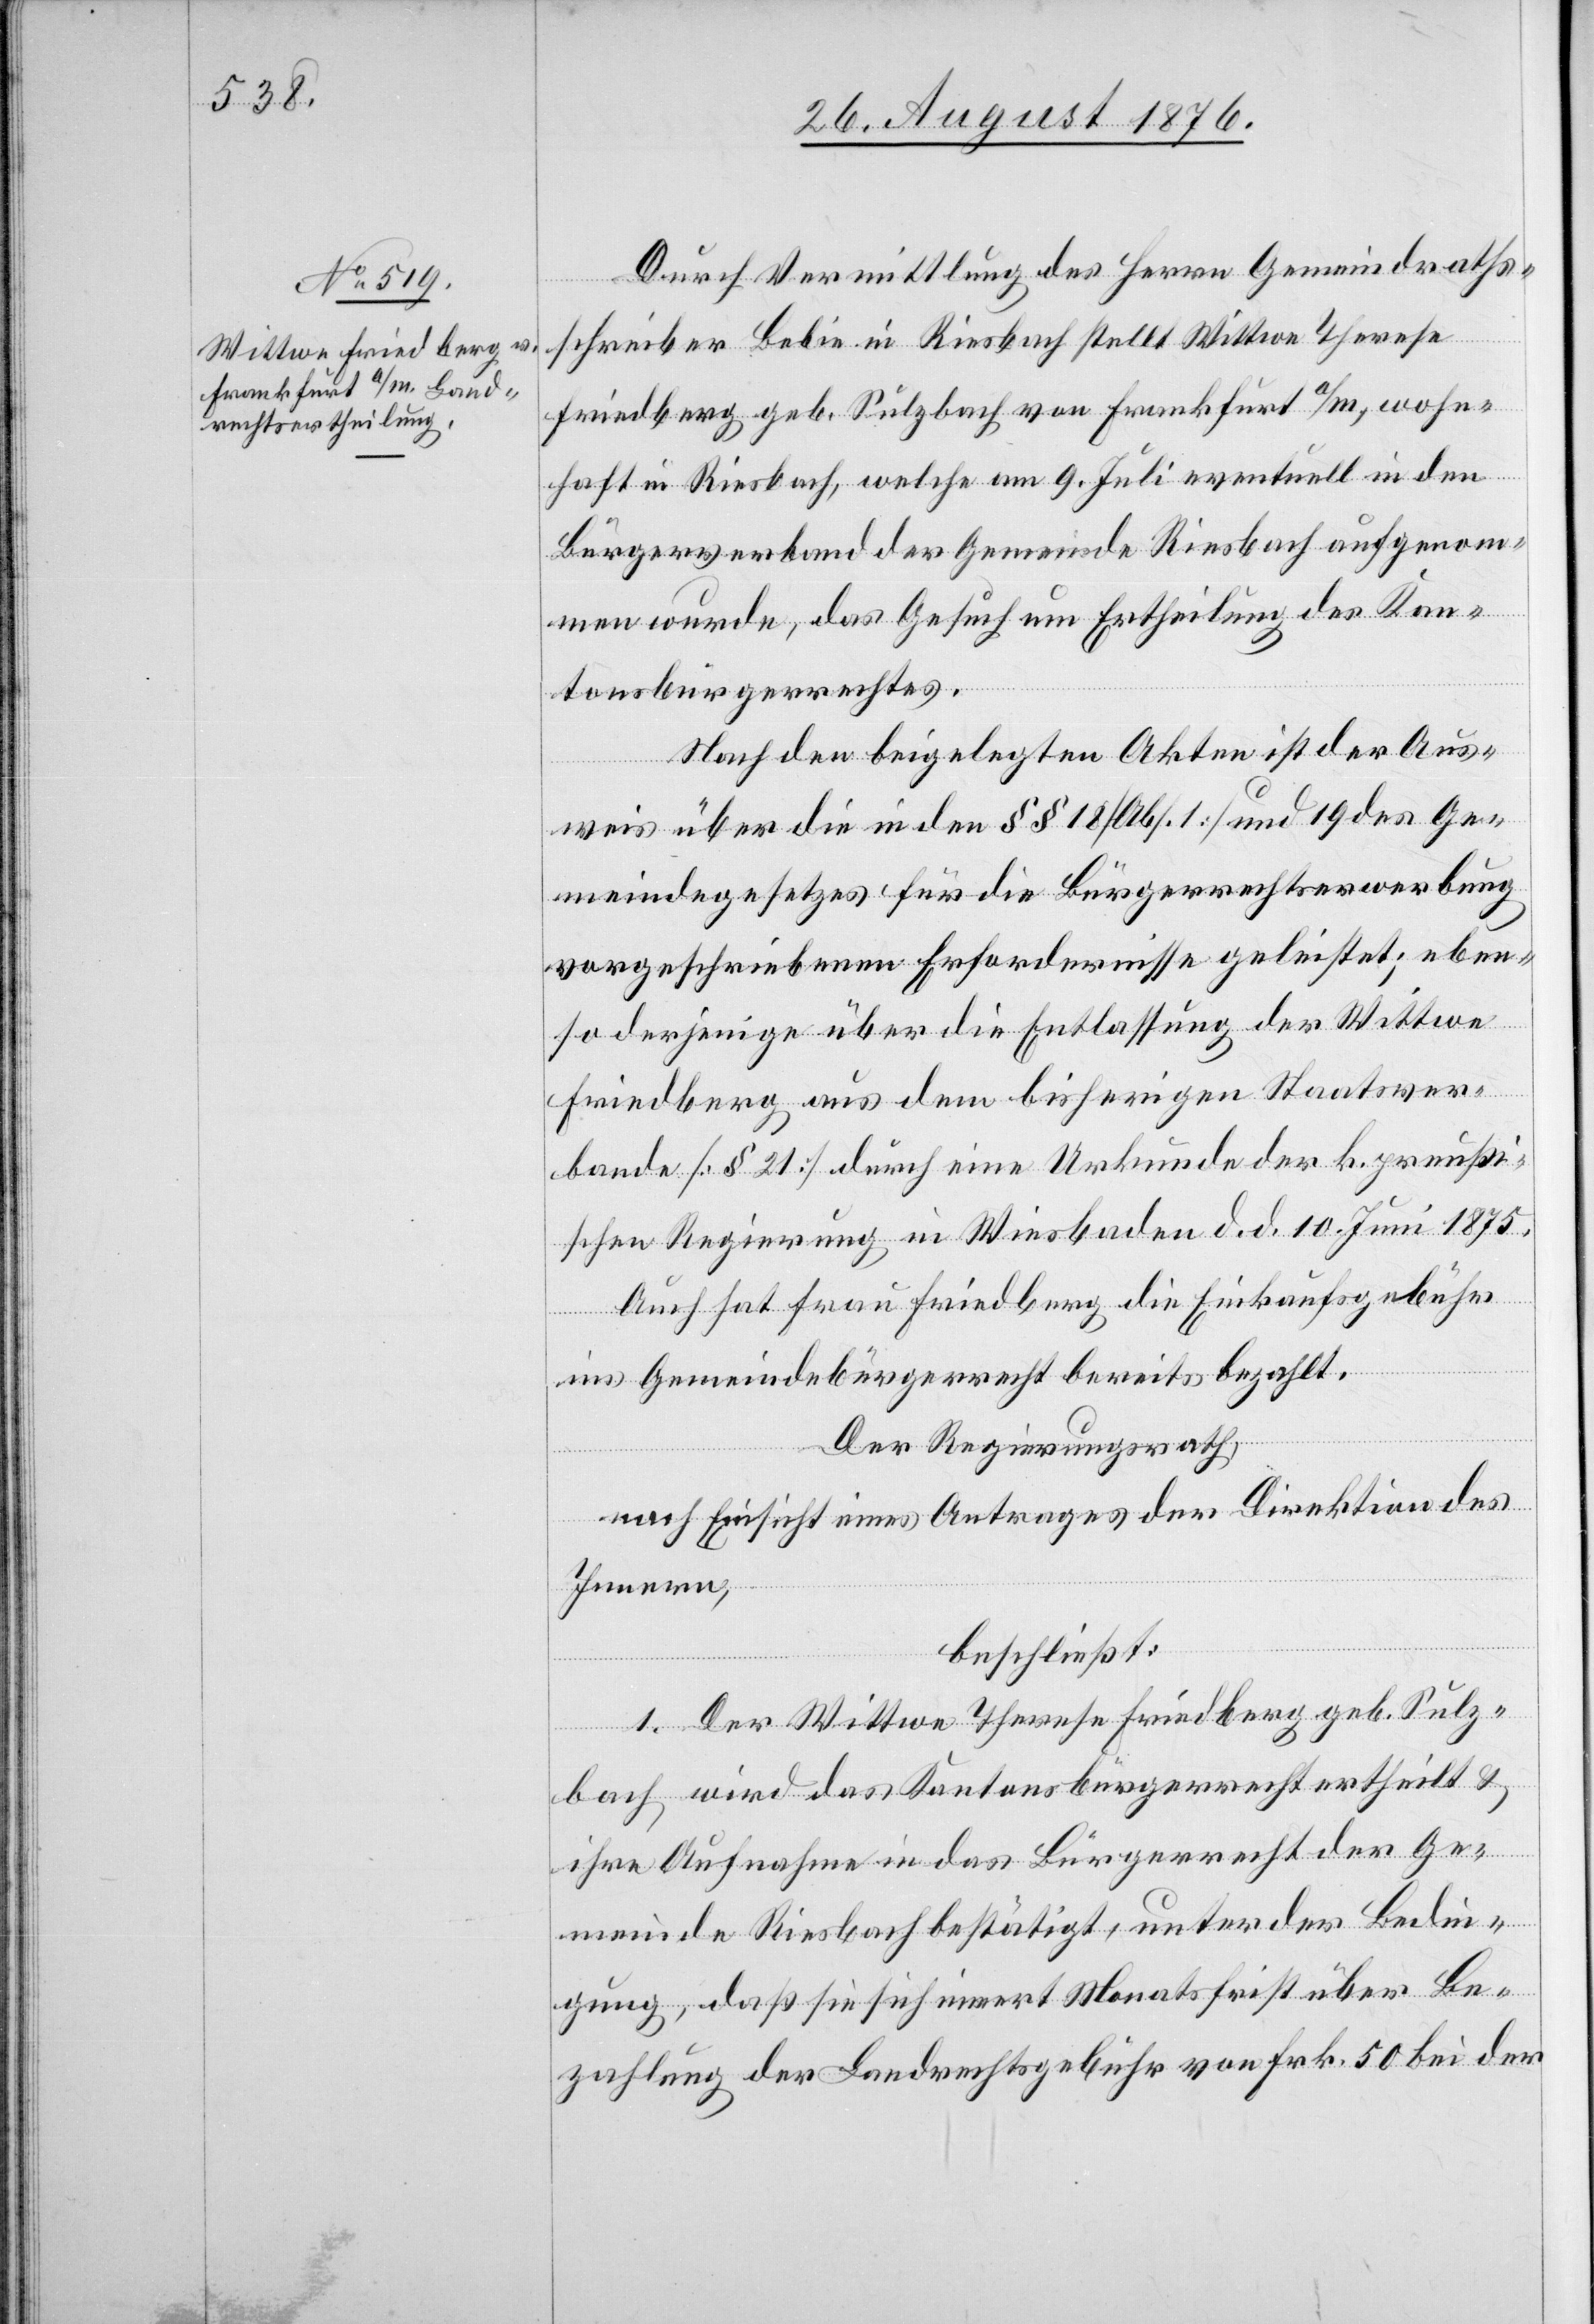
Durch Vermittlung des Herrn Gemeindraths¬
schreiber Bebie in Riesbach stellt [Namens der]
Friedberg geb. Sulzbach von Frankfurt a/M, wohn¬
haft in Riesbach, welche am 9. Juli eventuell in den
Bürgerverband der Gemeinde Riesbach aufgenom¬
men wurde, das Gesuch um Ertheilung des Kan¬
tonsbürgerrechtes.
Nach den beigelegten Akten ist der Aus¬
weis über die in den §§ 18 [Abs. 1] und 19 des Ge¬
meindegesetzes für die Bürgerrechtserwerbung
vorgeschriebenen Erfordernisse geleistet, eben¬
so derjenige über die Entlassung der Wittwe
Friedberg aus dem bisherigen Staatsver¬
bande [§ 21] durch eine Urkunde der k. preußi¬
schen Regierung in Wiesbaden d. d. 10. Juni 1875.
Auch hat Frau Friedberg die Einkaufsgebühr
ins Gemeindebürgerrecht bereits bezahlt.
Der Regierungsrath,
nach Einsicht eines Antrages der Direktion des
Innern,
beschließt:
1. Der Wittwe Therese Friedberg geb. Sulz¬
bach, wird das kantonsbürgerecht ertheilt &
ihre Aufnahme in das Bürgerrecht der Ge¬
meinde Riesbach bestätigt, unter der Bedin¬
gung, daß si sich innert Monatsfrist über Be¬
zahlung der Einkaufsgebühr von Frk. 50 bei der